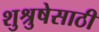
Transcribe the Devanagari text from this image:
शुश्रुषेसाठी